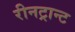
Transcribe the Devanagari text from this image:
रीनट्रान्ट